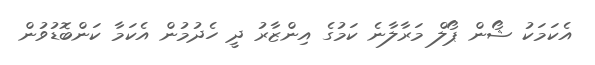
އެކަމަކު ޝޯން ޕޯލް މަރާލާނެ ކަމުގެ އިންޒާރު ދީ ހެދުމުން އެކަމާ ކަންބޮޑުވުން